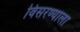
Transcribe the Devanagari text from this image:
विसरण्याला